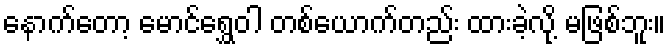
နောက်တော့ မောင်ရွှေဝါ တစ်ယောက်တည်း ထားခဲ့လို့ မဖြစ်ဘူး။